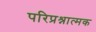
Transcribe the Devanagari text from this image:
परिप्रश्नात्मक